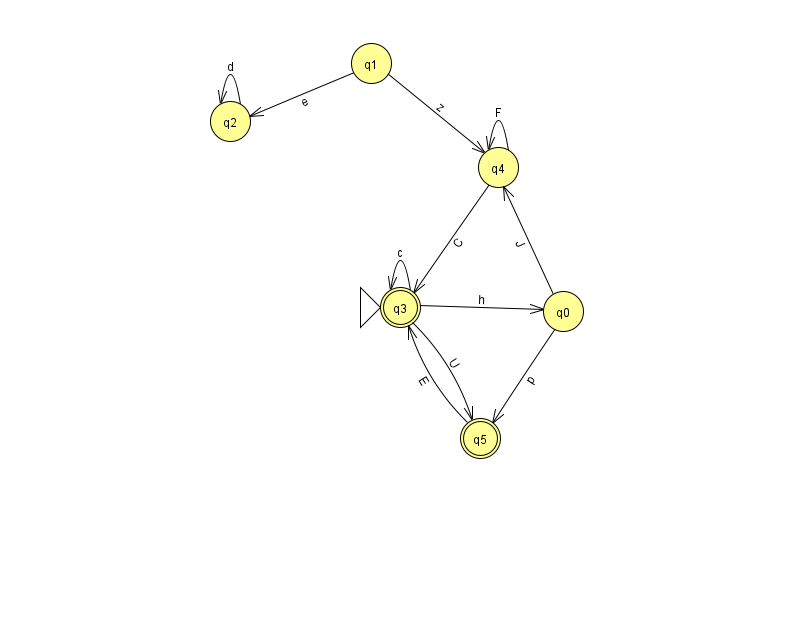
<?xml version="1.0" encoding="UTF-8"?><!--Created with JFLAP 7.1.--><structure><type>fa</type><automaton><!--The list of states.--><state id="0" name="q0"><x>563.0</x><y>298.0</y></state><state id="1" name="q1"><x>371.0</x><y>50.0</y></state><state id="2" name="q2"><x>230.0</x><y>108.0</y></state><state id="3" name="q3"><x>400.0</x><y>294.0</y><initial/><final/></state><state id="4" name="q4"><x>498.0</x><y>154.0</y></state><state id="5" name="q5"><x>480.0</x><y>425.0</y><final/></state><!--The list of transitions.--><transition><from>3</from><to>3</to><read>c</read></transition><transition><from>1</from><to>2</to><read>e</read></transition><transition><from>1</from><to>4</to><read>z</read></transition><transition><from>2</from><to>2</to><read>d</read></transition><transition><from>0</from><to>4</to><read>J</read></transition><transition><from>4</from><to>4</to><read>F</read></transition><transition><from>0</from><to>5</to><read>p</read></transition><transition><from>4</from><to>3</to><read>C</read></transition><transition><from>3</from><to>5</to><read>U</read></transition><transition><from>5</from><to>3</to><read>E</read></transition><transition><from>3</from><to>0</to><read>h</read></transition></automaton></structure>